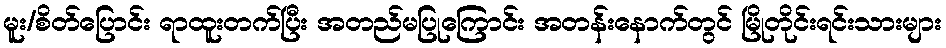
မူး/စိတ်ပြောင်း ရာထူးတက်ပြီး အတည်မပြုကြောင်း အတန်းနောက်တွင် မြိုတိုင်းရင်းသားများ